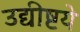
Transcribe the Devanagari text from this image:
उद्यीष्टये